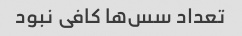
تعداد سس‌ها کافی نبود